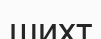
шихт